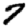
Digit: 7